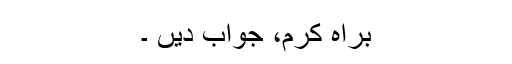
براہ کرم، جواب دیں ۔